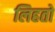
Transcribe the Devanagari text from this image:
लिहतो